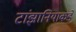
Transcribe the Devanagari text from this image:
टांझानियाकडे